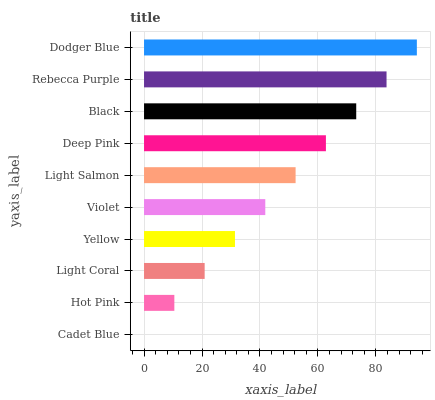
| yaxis_label | bars |
 | --- | --- |
 | Cadet Blue | 0 |
 | Hot Pink | 10.5 |
 | Light Coral | 20.9 |
 | Yellow | 31.4 |
 | Violet | 41.8 |
 | Light Salmon | 52.3 |
 | Deep Pink | 62.7 |
 | Black | 73.2 |
 | Rebecca Purple | 83.7 |
 | Dodger Blue | 94.1 |